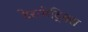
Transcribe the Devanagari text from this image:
टेरामेट्रिक्स